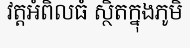
វត្តអំពិលធំ ស្ថិតក្នុងភូមិ